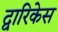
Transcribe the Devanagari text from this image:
द्वारिकेस